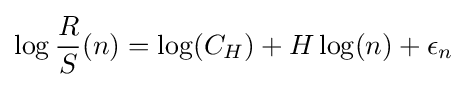
\log {\frac {R}{S}}(n)=\log(C_{H})+H\log(n)+\epsilon _{n}